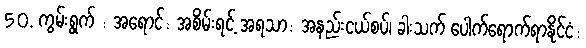
50. ကွမ်းရွက် : အရောင်: အစိမ်းရင့် အရသာ: အနည်းငယ်စပ်၊ ခါးသက် ပေါက်ရောက်ရာနိုင်ငံ: